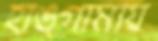
হাঙ্গামায়